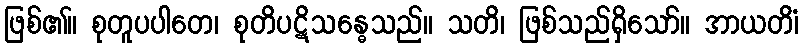
ဖြစ်၏။ စုတူပပါတေ၊ စုတိပဋိသန္ဓေသည်။ သတိ၊ ဖြစ်သည်ရှိသော်။ အာယတိံ၊